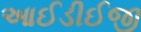
આઈડીઈજી